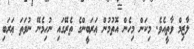
ލާޒިމް ވާތީއެވެ. މިކަން މިހެން އޮތުމުން ޢަރަބީންގެ ތެރޭގައި ނުހިމެނޭ ނުވަތަ ޢަރަބި